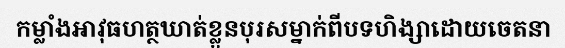
កម្លាំងអាវុធហត្ថឃាត់ខ្លួនបុរសម្នាក់ពីបទហិង្សាដោយចេតនា